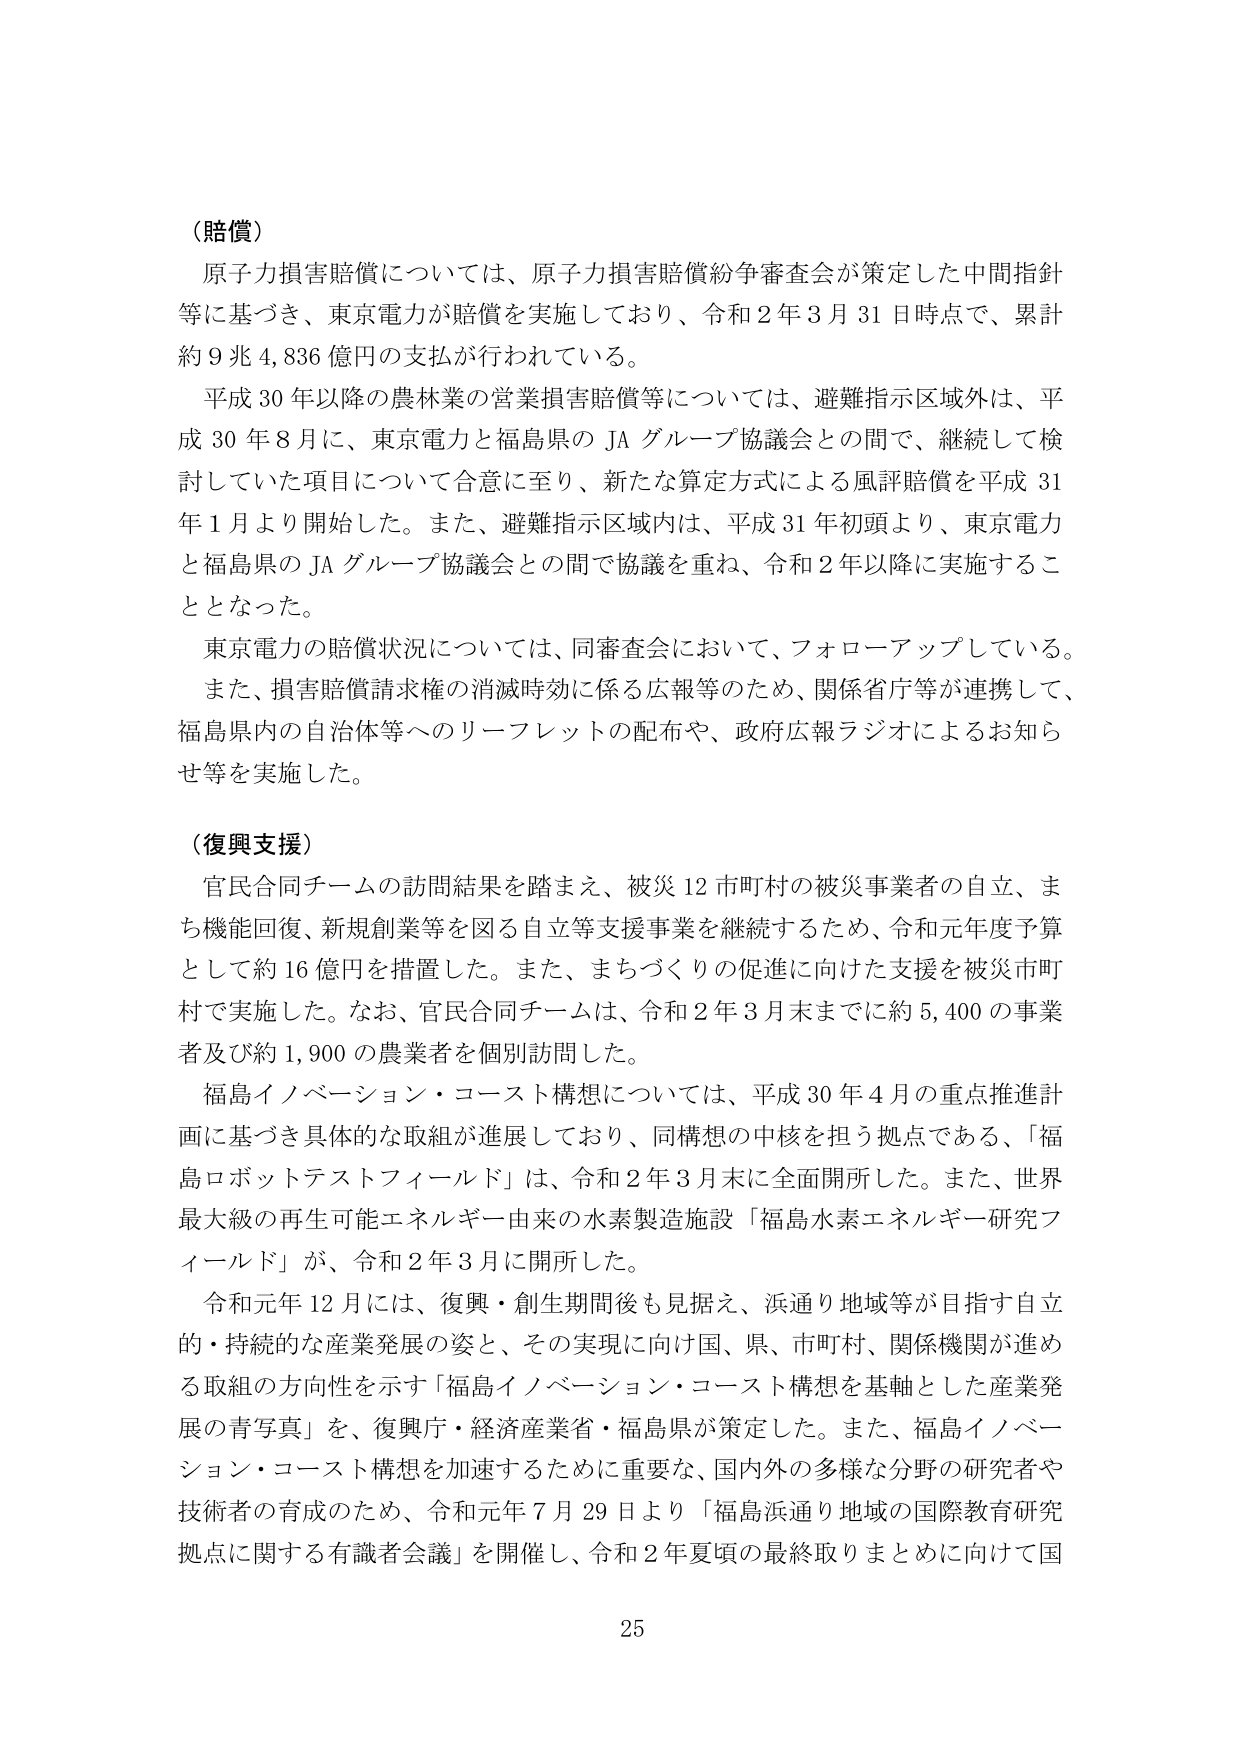
（賠償）
原子力損害賠償については、原子力損害賠償紛争審査会が策定した中間指針等に基づき、東京電力が賠償を実施しており、令和２年３月31日時点で、累計約９兆４,８３６億円の支払が行われている。
平成30年以降の農林業の営業損害賠償等については、避難指示区域外は、平成30年８月に、東京電力と福島県のJAグループ協議会との間で、継続して検討していた項目について合意に至り、新たな算定方式による風評賠償を平成31年１月より開始した。また、避難指示区域内は、平成31年初頭より、東京電力と福島県のJAグループ協議会との間で協議を重ね、令和２年以降に実施することとなった。
東京電力の賠償状況については、同審査会において、フォローアップしている。
また、損害賠償請求権の消滅時効に係る広報等のため、関係省庁等が連携して、福島県内の自治体等へのリーフレットの配布や、政府広報ラジオによるお知らせ等を実施した。

（復興支援）
官民合同チームの訪問結果を踏まえ、被災12市町村の被災事業者の自立、まち機能回復、新規創業等を図る自立等支援事業を継続するため、令和元年度予算として約16億円を措置した。また、まちづくりの促進に向けた支援を被災市町村で実施した。なお、官民合同チームは、令和２年３月末までに約5,400の事業者及び約1,900の農業者を個別訪問した。
福島イノベーション・コースト構想については、平成30年４月の重点推進計画に基づき具体的な取組が進展しており、同構想の中核を担う拠点である、「福島ロボットテストフィールド」は、令和２年３月末に全面開所した。また、世界最大級の再生可能エネルギー由来の水素製造施設「福島水素エネルギー研究フィールド」が、令和２年３月に開所した。
令和元年12月には、復興・創生期間後も見据え、浜通り地域等が目指す自立的・持続的な産業発展の姿と、その実現に向け国、県、市町村、関係機関が進める取組の方向性を示す「福島イノベーション・コースト構想を基軸とした産業発展の青写真」を、復興庁・経済産業省・福島県が策定した。また、福島イノベーション・コースト構想を加速するために重要な、国内外の多様な分野の研究者や技術者の育成のため、令和元年７月29日より「福島浜通り地域の国際教育研究拠点に関する有識者会議」を開催し、令和２年夏頃の最終取りまとめに向けて国

25